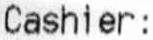
CASHIER: